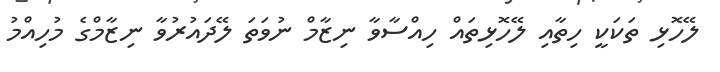
ލޭހޮޅި ތަކަކީ ހިތާއި ލޭހޮޅިތައް ހިއްސާވާ ނިޒާމް ނުވަތަ ލޭދައުރުވާ ނިޒާމްގެ މުހިއްމު